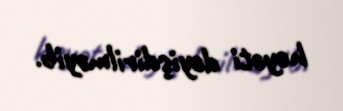
heyəti dəyişdirilməyib.